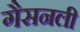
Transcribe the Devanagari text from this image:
गैसनली